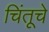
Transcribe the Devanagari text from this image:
चिंतूचे